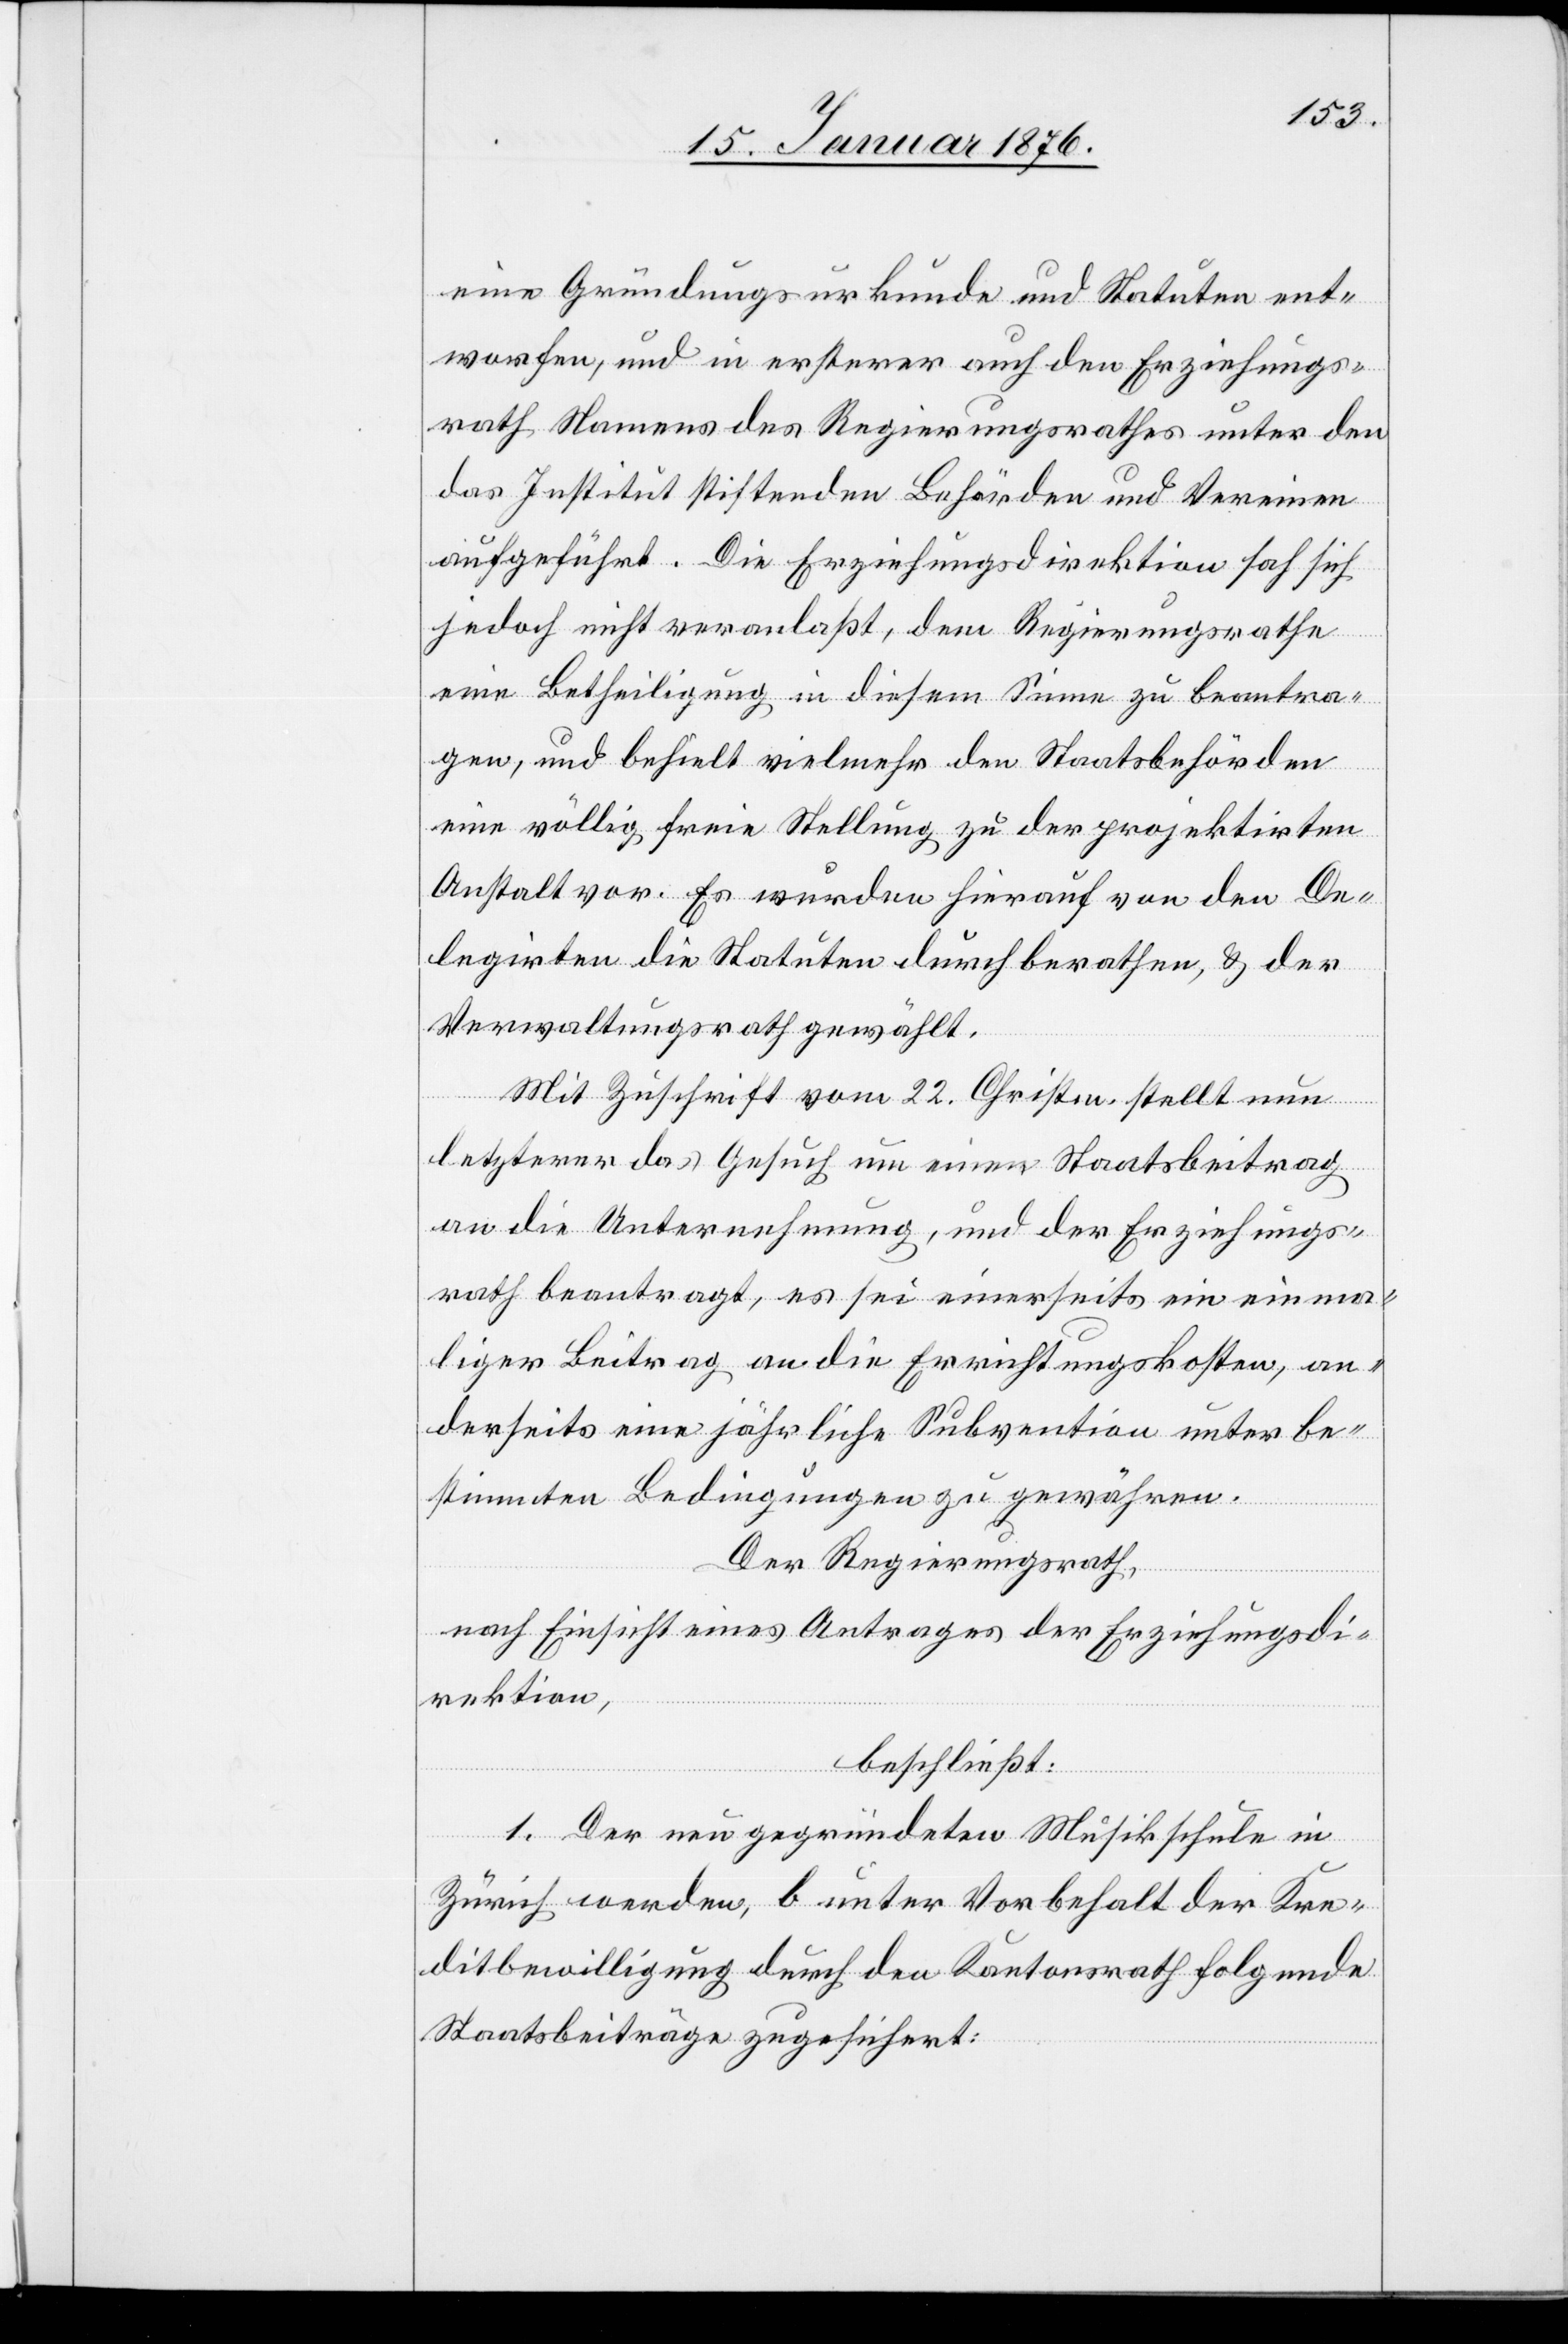
eine Gründungsurkunde und Statuten ent¬
worfen, und in ersterer auch den Erziehungs¬
rath Namens des Regierungsrathes unter den
das Institut stiftenden Behörden und Vereinen
aufgeführt. Die Erziehungsdirektion sah sich
jedoch nicht veranlaßt, dem Regierungsrathe
eine Betheiligung in diesem Sinne zu beantra¬
gen, und behielt vielmehr den Staatsbehörden
eine völlig freie Stellung zu der projektirten
Anstalt vor. Es wurden hierauf von den De¬
legirten die Statuten durch berathen, u. der
Verwaltungsrath gewählt.
Mit Zuschrift vom 22. Christm. stellt nun
letzterer das Gesuch um einen Staatsbeitrag
an die Unternehmung, und der Erziehungs¬
rath beantragt, es sei einerseits ein einma¬
liger Beitrag an die Errichtungskosten, an¬
derseits eine jährliche Subvention unter be¬
stimmten Bedingungen zu gewähren.
Der Regierungsrath,
nach Einsicht eines Antrages der Erziehungsdi¬
rektion,
beschließt:
1. Der neugegründeten Musikschule in
Zürich werden, b unter Vorbehalt er Kre¬
ditbewilligung durch den Kantonsrath folgende
Staatsbeiträge zugesichert: